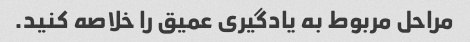
مراحل مربوط به یادگیری عمیق را خلاصه کنید.